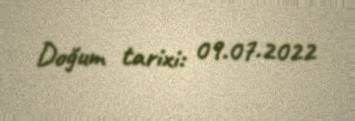
Doğum tarixi: 09.07.2022